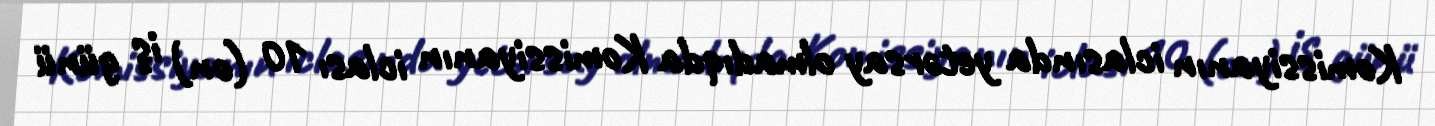
Komissiyanın iclasında yetərsay olmadıqda Komissiyanın iclası 10 (on) iş günü